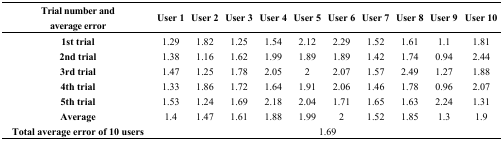
<table><thead><tr><td><b>Trial number andaverage error</b></td><td><b>User 1</b></td><td><b>User 2</b></td><td><b>User 3</b></td><td><b>User 4</b></td><td><b>User 5</b></td><td><b>User 6</b></td><td><b>User 7</b></td><td><b>User 8</b></td><td><b>User 9</b></td><td><b>User 10</b></td></tr></thead><tbody><tr><td><b>1st trial</b></td><td>1.29</td><td>1.82</td><td>1.25</td><td>1.54</td><td>2.12</td><td>2.29</td><td>1.52</td><td>1.61</td><td>1.1</td><td>1.81</td></tr><tr><td><b>2nd trial</b></td><td>1.38</td><td>1.16</td><td>1.62</td><td>1.99</td><td>1.89</td><td>1.89</td><td>1.42</td><td>1.74</td><td>0.94</td><td>2.44</td></tr><tr><td><b>3rd trial</b></td><td>1.47</td><td>1.25</td><td>1.78</td><td>2.05</td><td>2</td><td>2.07</td><td>1.57</td><td>2.49</td><td>1.27</td><td>1.88</td></tr><tr><td><b>4th trial</b></td><td>1.33</td><td>1.86</td><td>1.72</td><td>1.64</td><td>1.91</td><td>2.06</td><td>1.46</td><td>1.78</td><td>0.96</td><td>2.07</td></tr><tr><td><b>5th trial</b></td><td>1.53</td><td>1.24</td><td>1.69</td><td>2.18</td><td>2.04</td><td>1.71</td><td>1.65</td><td>1.63</td><td>2.24</td><td>1.31</td></tr><tr><td><b>Average</b></td><td>1.4</td><td>1.47</td><td>1.61</td><td>1.88</td><td>1.99</td><td>2</td><td>1.52</td><td>1.85</td><td>1.3</td><td>1.9</td></tr><tr><td><b>Total average error of 10 users</b></td><td colspan="10">1.69</td></tr></tbody></table>